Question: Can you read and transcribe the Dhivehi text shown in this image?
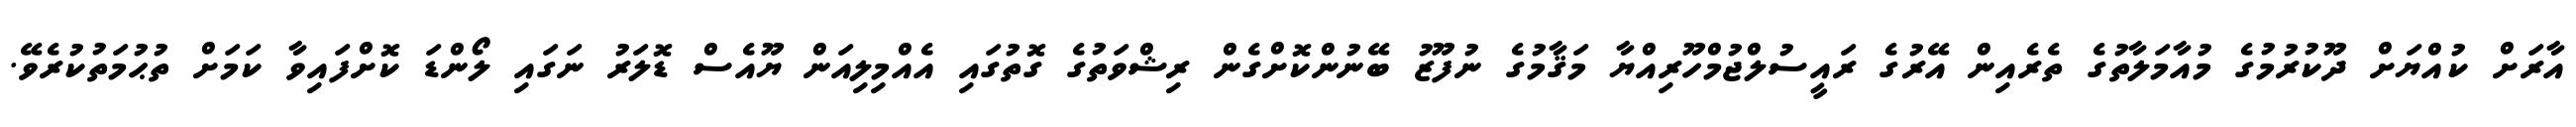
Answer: އާރަށް ކުއްޔަށް ދޫކުރުމުގެ މުއާމަލާތުގެ ތެރެއިން އޭރުގެ ރައީސުލްޖުމްހޫރިއްޔާ މަޤާމުގެ ނުފޫޒު ބޭނުންކޮށްގެން ރިޝްވަތުގެ ގޮތުގައި އެއްމިލިއަން ޔޫއެސް ޑޮލަރު ނަގައި ލޯންޑަ ކޮށްފައިވާ ކަމަށް ތުޙުމަތުކުރެވޭ.